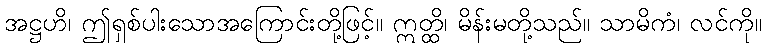
အဋ္ဌဟိ၊ ဤရှစ်ပါးသောအကြောင်းတို့ဖြင့်။ ဣတ္ထိ၊ မိန်းမတို့သည်။ သာမိကံ၊ လင်ကို။